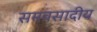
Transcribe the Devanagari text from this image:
समवसादीय